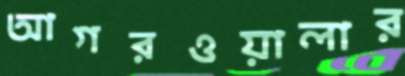
আগরওয়ালার